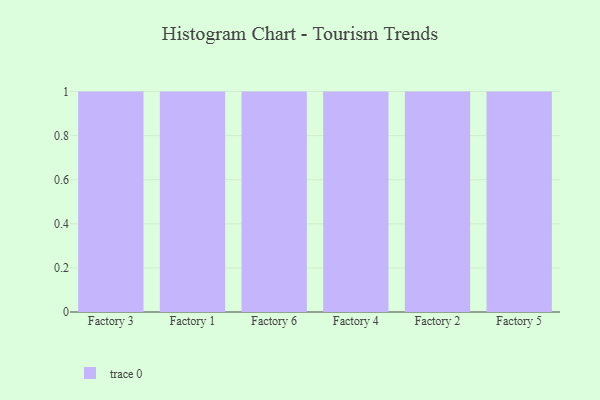
{"axis": {"x": "Factory", "y": "Latency (ms)"}, "legend": [""], "data": [{"x": "Factory 3", "y": 71, "type": ""}, {"x": "Factory 1", "y": 87, "type": ""}, {"x": "Factory 6", "y": 14, "type": ""}, {"x": "Factory 4", "y": 79, "type": ""}, {"x": "Factory 2", "y": 21, "type": ""}, {"x": "Factory 5", "y": 92, "type": ""}]}